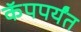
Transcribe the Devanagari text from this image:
कॅपपर्यंत